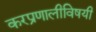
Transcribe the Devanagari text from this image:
करप्रणालीविषयी